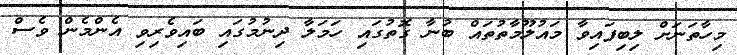
މިހާތަނަށް ލިބިފައިވާ މައުލޫމާތުތައް ބުނާ ގޮތުގައި ހަމަލާ ދިނުމުގައި ބައިވެރިވި އެންމެން ވެސް